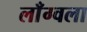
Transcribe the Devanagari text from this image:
लाँग्वला